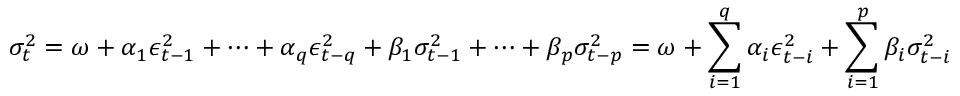
\sigma _ { t } ^ { 2 } = \omega + \alpha _ { 1 } \epsilon _ { t - 1 } ^ { 2 } + \cdots + \alpha _ { q } \epsilon _ { t - q } ^ { 2 } + \beta _ { 1 } \sigma _ { t - 1 } ^ { 2 } + \cdots + \beta _ { p } \sigma _ { t - p } ^ { 2 } = \omega + \sum _ { i = 1 } ^ { q } \alpha _ { i } \epsilon _ { t - i } ^ { 2 } + \sum _ { i = 1 } ^ { p } \beta _ { i } \sigma _ { t - i } ^ { 2 }